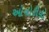
ઓનોરીયો